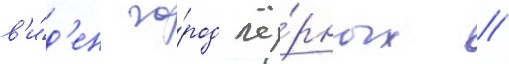
в'и́д'ен го́род чё́рных /